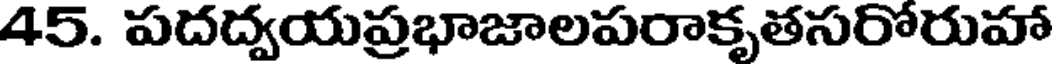
45. పదద్వయప్రభాజాలపరాకృతసరోరుహా